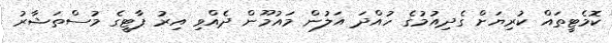
ކޮމެޓީތައް ކުރިޔަށް ގެދިއުމުގެ ހުއްދަ އަލުން މައުމޫން ދެއްވި އިރު ޕާޓީގެ މުސްތަޝާރު